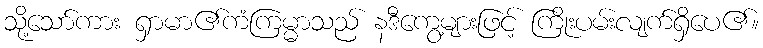
သို့သော်ကား ရှာမာ၏ကံကြမ္မာသည် နဒီကွေ့များဖြင့် ကြိုးပမ်းလျက်ရှိပေ၏။